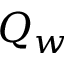
Q _ { w }